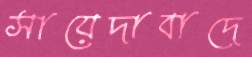
সায়েদাবাদে